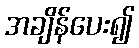
အချိန်ပေး၍